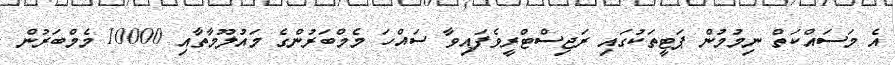
އެ މަސައްކަތް ނިމުމުން ޕަޓީތަކުގައި ރަޖިސްޓްރީވެފައިވާ ސައްހަ މެމްބަރުންގެ މައުލޫމާތާއި 10000 މެމްބަރުން